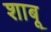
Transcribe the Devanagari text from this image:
शाबू